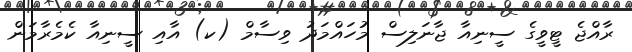
ރާއްޖެ ޓީވީގެ ސީނިއާ ޖާނަލިސް މުހައްމަދު ވިސާމް (ކ) އާއި ސީނިއާ ކެމެރާމަން